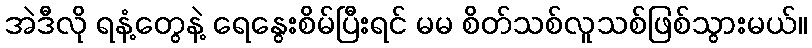
အဲဒီလို ရနံ့တွေနဲ့ ရေနွေးစိမ်ပြီးရင် မမ စိတ်သစ်လူသစ်ဖြစ်သွားမယ်။